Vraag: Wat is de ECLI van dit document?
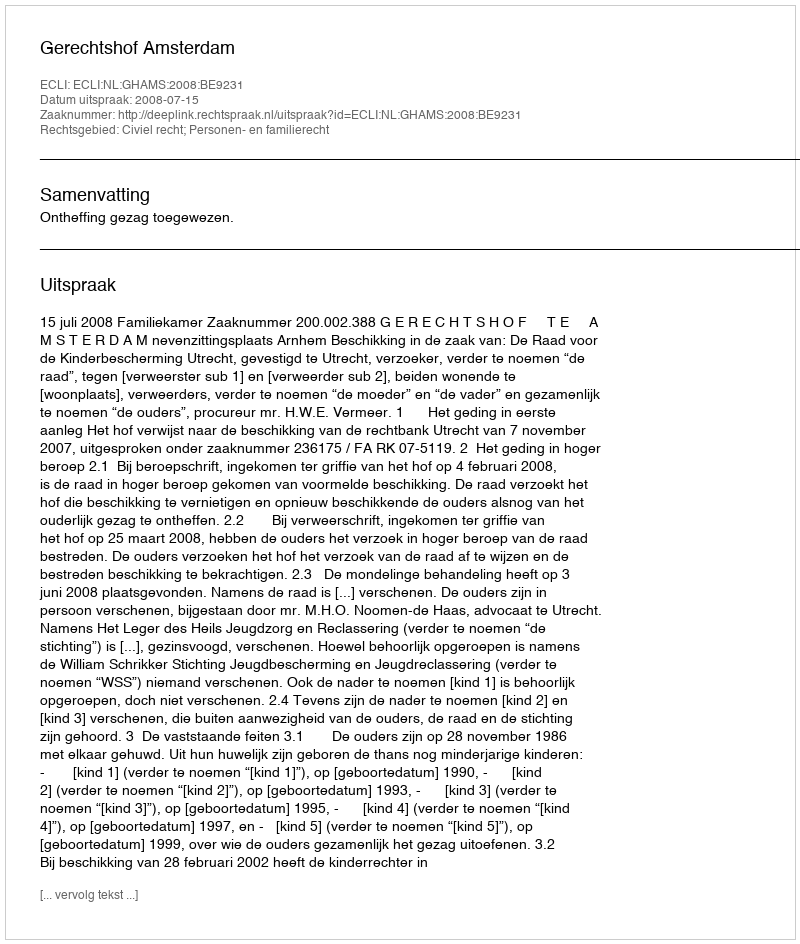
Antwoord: ECLI:NL:GHAMS:2008:BE9231